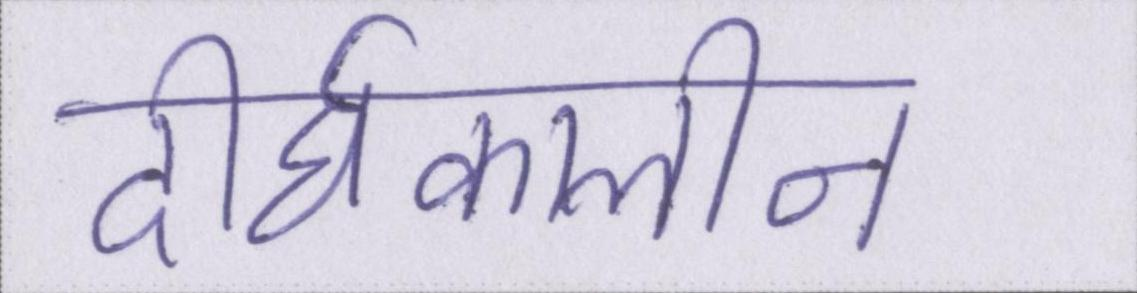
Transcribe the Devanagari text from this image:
दीर्घकालीन